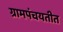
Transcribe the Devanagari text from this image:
ग्रामपंचयतीत